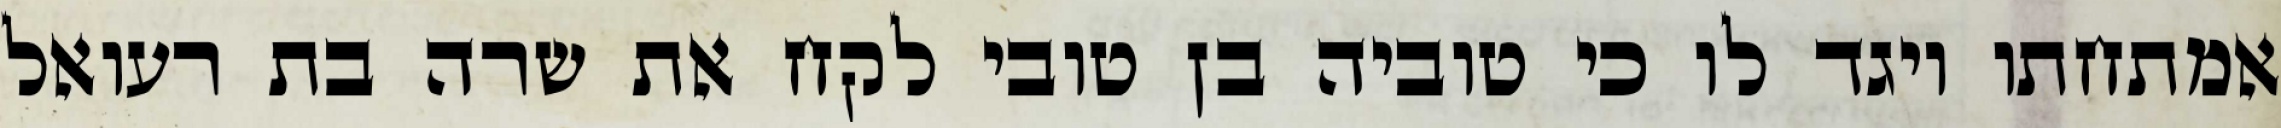
אמתחתו ויגד לו כי טוביה בן טובי לקח את שרה בת רעואל